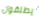
يطلقون